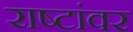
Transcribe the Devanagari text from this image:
राष्टांवर